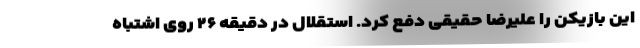
این بازیکن را علیرضا حقیقی دفع کرد. استقلال در دقیقه ۲۶ روی اشتباه